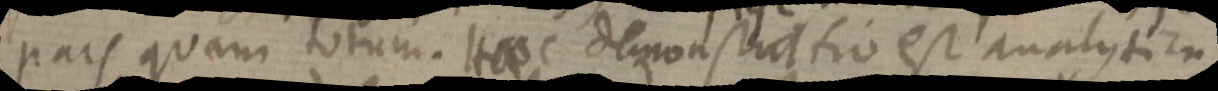
pars quam totum. Haec demonstratio est analystica